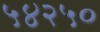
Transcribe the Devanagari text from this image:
५४२५०